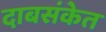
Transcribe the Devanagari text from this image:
दाबसंकेत